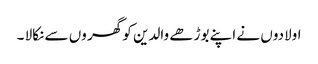
اولادوں نے اپنے بوڑھے والدین کو گھر وں سے نکالا ۔